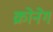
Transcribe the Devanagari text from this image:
क्रोनेग